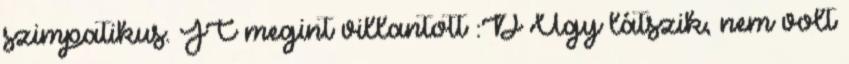
szimpatikus. JC megint villantott :D Úgy látszik, nem volt